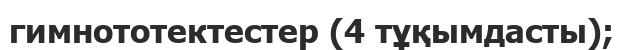
гимнототектестер (4 тұқымдасты);